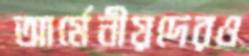
আর্মেনীয়দেরও